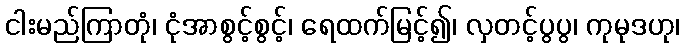
ငါးမည်ကြာတုံ၊ ငုံအာစွင့်စွင့်၊ ရေထက်မြင့်၍၊ လှတင့်ပွပွ၊ ကုမုဒဟု၊